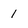
Character: 1